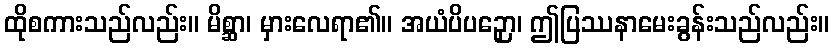
ထိုစကားသည်လည်း။ မိစ္ဆာ၊ မှားလေရာ၏။ အယံပိပဉှော၊ ဤပြဿနာမေးခွန်းသည်လည်း။